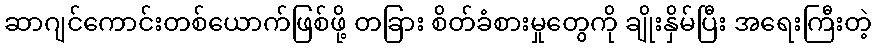
ဆာဂျင်ကောင်းတစ်ယောက်ဖြစ်ဖို့ တခြား စိတ်ခံစားမှုတွေကို ချိုးနှိမ်ပြီး အရေးကြီးတဲ့